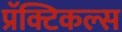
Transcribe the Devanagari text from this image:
प्रॅक्टिकल्स